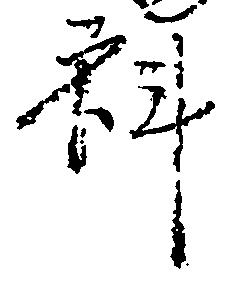
科